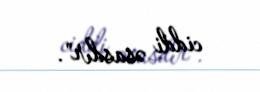
ciddi əsasdır".